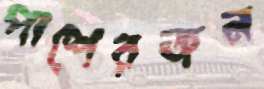
পাশেরজন